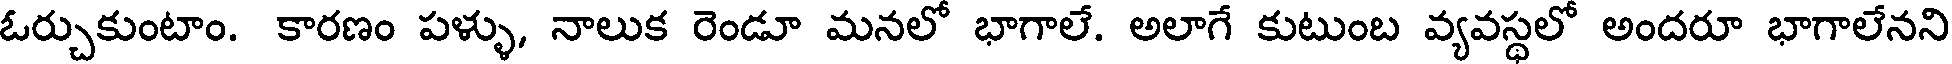
ఓర్చుకుంటాం. కారణం పళ్ళు, నాలుక రెండూ మనలో భాగాలే. అలాగే కుటుంబ వ్యవస్థలో అందరూ భాగాలేనని